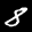
Label: 8